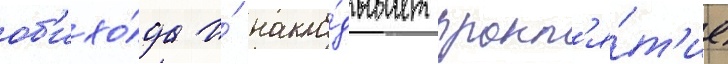
об'ихо́да и́ накла́дывает прокл'я́т'ие